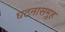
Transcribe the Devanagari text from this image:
घटनासमूह